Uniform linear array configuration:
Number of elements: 24
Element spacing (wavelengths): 0.25
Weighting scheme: uniform
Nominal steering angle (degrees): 45
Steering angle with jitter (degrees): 44.665
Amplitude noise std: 0.05
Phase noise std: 0.05

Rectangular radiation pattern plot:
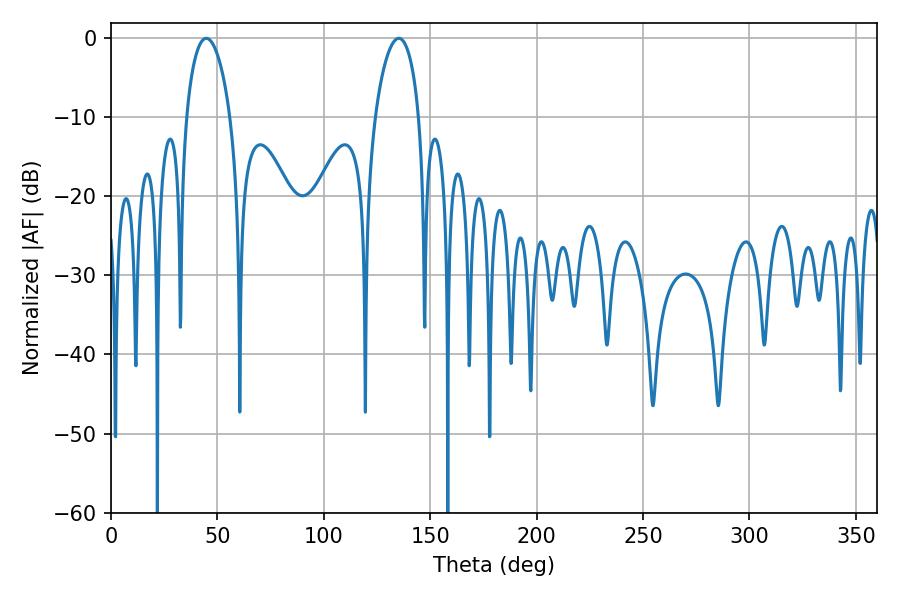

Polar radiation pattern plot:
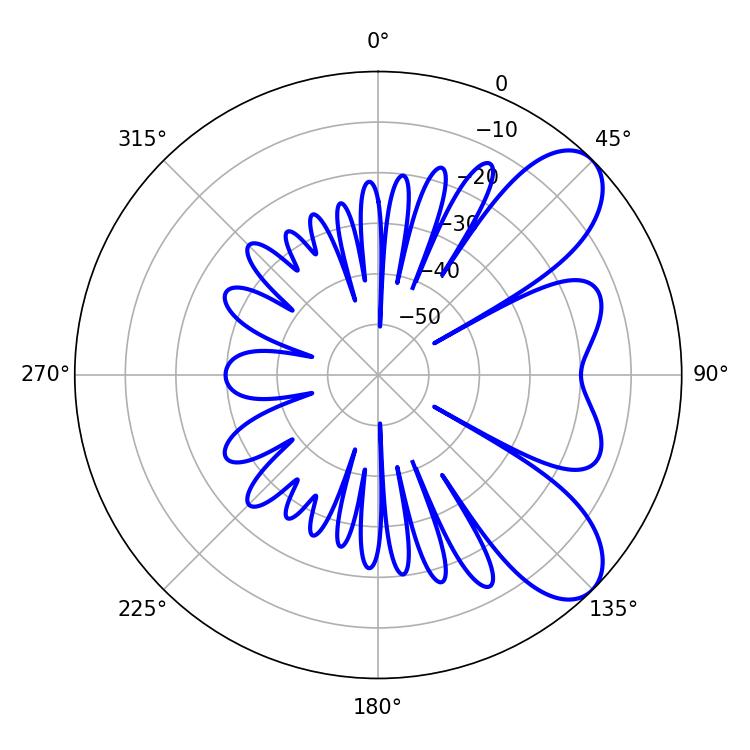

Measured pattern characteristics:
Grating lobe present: FALSE
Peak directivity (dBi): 7.82
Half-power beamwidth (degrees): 11.7
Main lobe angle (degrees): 44.82